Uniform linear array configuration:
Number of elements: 24
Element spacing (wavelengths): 0.75
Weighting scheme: cosine
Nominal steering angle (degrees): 15
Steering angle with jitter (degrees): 15.788
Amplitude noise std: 0.05
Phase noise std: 0.05

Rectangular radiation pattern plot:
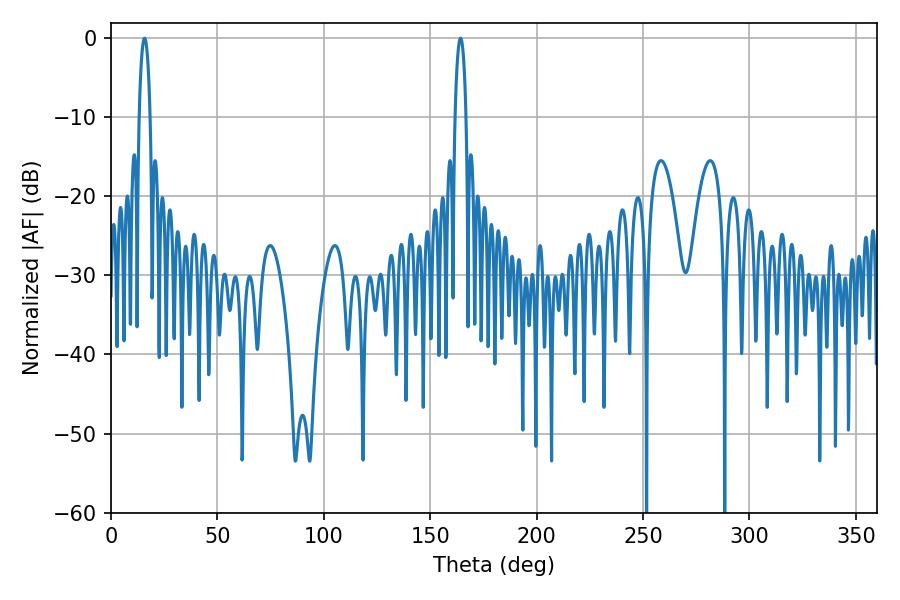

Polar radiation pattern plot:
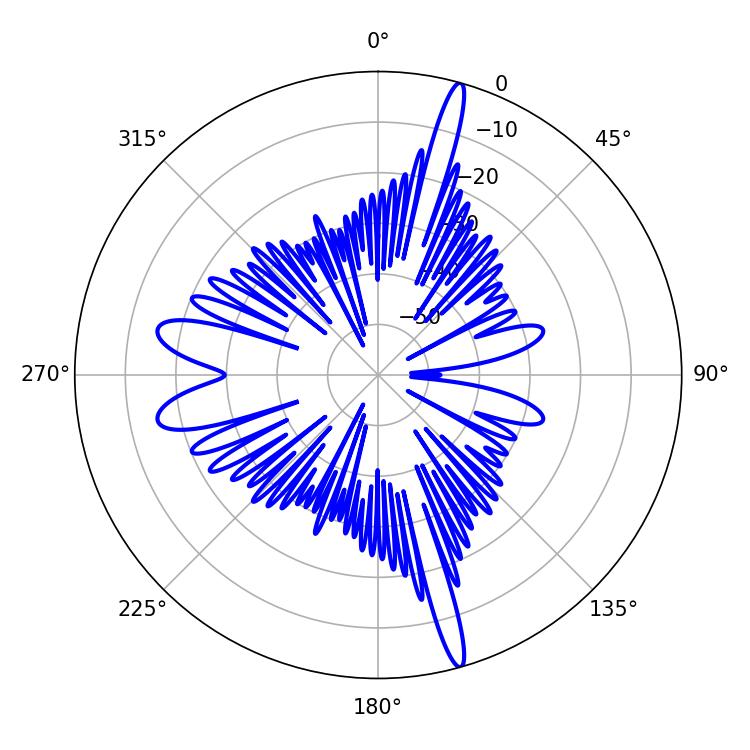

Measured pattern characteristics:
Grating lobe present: TRUE
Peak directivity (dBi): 19.634
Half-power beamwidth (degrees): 2.88
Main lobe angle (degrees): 164.16